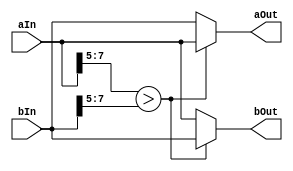
`timescale 1ns / 1ps
//////////////////////////////////////////////////////////////////////////////////
// Company: 
// Engineer: 
// 
// Design Name: 
// Module Name:    big_number_first 
// Project Name: 
// Target Devices: 
// Tool versions: 
// Description: 
//
// Dependencies: 
//
// Revision: 
// Revision 0.01 - File Created
// Additional Comments: 
//
//////////////////////////////////////////////////////////////////////////////////
module big_number_first(
	input [7:0] aIn,
	input [7:0] bIn,
	output reg [7:0] aOut,
	output reg [7:0] bOut
    );

	always @* begin
		if(aIn[7:5] > bIn[7:5])
			begin
				aOut = aIn;
				bOut = bIn;
			end
		else
			begin
				aOut = bIn;
				bOut = aIn;
			end
	end
endmodule